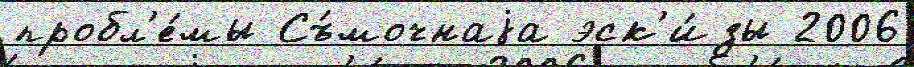
пробл'е́мы Съ́мочнаjа эск'и́зы 2006